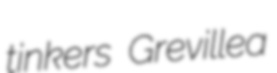
tinkers Grevillea